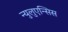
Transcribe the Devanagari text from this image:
न्युलुएन्सिस